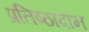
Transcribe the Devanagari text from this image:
प्रतिष्ठादान